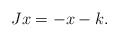
LaTeX: \begin{align*}Jx = -x - k.\end{align*}